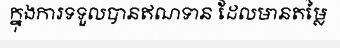
ក្នុងការទទួលបានឥណទាន ដែលមានតម្លៃ